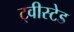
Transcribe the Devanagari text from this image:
ट्वीस्टेड